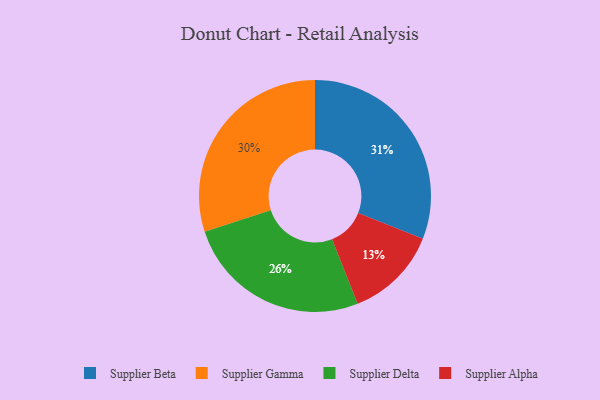
{"axis": {"x": "Category", "y": "Percentage"}, "legend": ["Supplier Alpha", "Supplier Beta", "Supplier Delta", "Supplier Gamma"], "data": [{"x": "Supplier Beta", "y": 31, "type": "Supplier Beta"}, {"x": "Supplier Alpha", "y": 13, "type": "Supplier Alpha"}, {"x": "Supplier Delta", "y": 26, "type": "Supplier Delta"}, {"x": "Supplier Gamma", "y": 30, "type": "Supplier Gamma"}]}